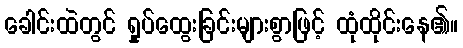
ခေါင်းထဲတွင် ရှုပ်ထွေးခြင်းများစွာဖြင့် ထုံထိုင်းနေ၏။